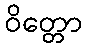
ဝိတ္တော